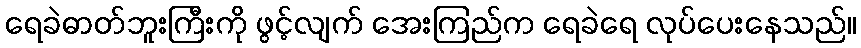
ရေခဲဓာတ်ဘူးကြီးကို ဖွင့်လျက် အေးကြည်က ရေခဲရေ လုပ်ပေးနေသည်။